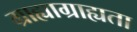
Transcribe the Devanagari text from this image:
ग्राह्याग्राह्यता